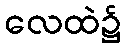
လေထဲ၌